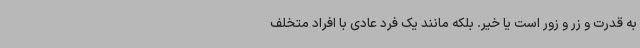
به قدرت و زر و زور است یا خیر. بلکه مانند یک فرد عادی با افراد متخلف